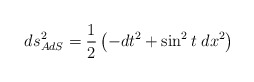
\begin{align*}ds^2_{AdS}=\frac{1}{2}\left( -dt^2+\sin^2 t \; dx^2\right)\end{align*}